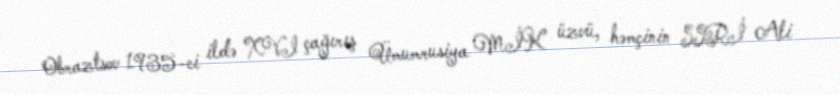
Obraztsov 1935-ci ildə XVI çağırış Ümumrusiya MİK üzvü, həmçinin SSRİ Ali